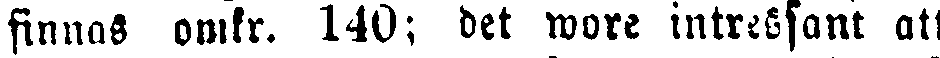
finnas omkr. 140; det wore intressant att